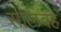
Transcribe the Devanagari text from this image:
सोलवहें